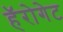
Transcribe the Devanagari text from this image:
हॅरोगेट